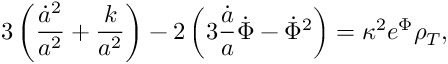
3 \left( \frac { \dot { a } ^ { 2 } } { a ^ { 2 } } + \frac { k } { a ^ { 2 } } \right) - 2 \left( 3 \frac { \dot { a } } { a } \dot { \Phi } - \dot { \Phi } ^ { 2 } \right) = \kappa ^ { 2 } e ^ { \Phi } \rho _ { T } ,